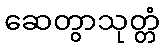
ဆေတွာသုတ္တံ